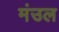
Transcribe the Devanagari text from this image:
मंउल